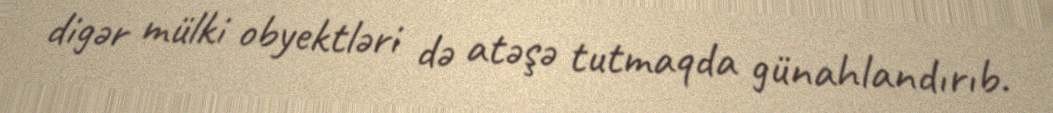
digər mülki obyektləri də atəşə tutmaqda günahlandırıb.